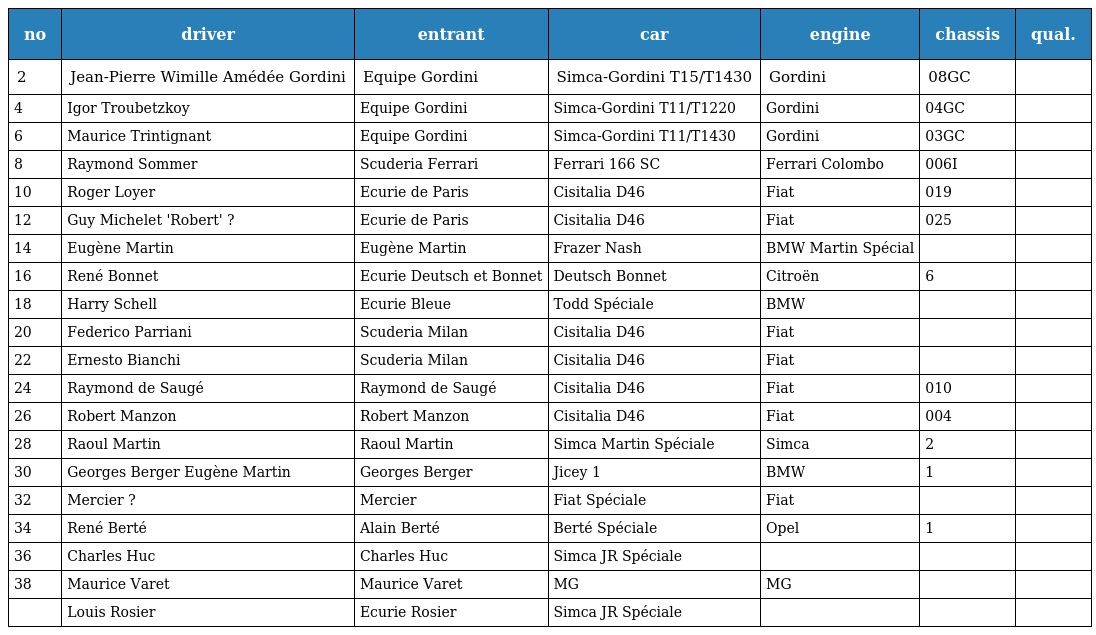
| no | driver | entrant | car | engine | chassis | qual. |
 | --- | --- | --- | --- | --- | --- | --- |
 | 2 | Jean-Pierre Wimille Amédée Gordini | Equipe Gordini | Simca-Gordini T15/T1430 | Gordini | 08GC |  |
 | 4 | Igor Troubetzkoy | Equipe Gordini | Simca-Gordini T11/T1220 | Gordini | 04GC |  |
 | 6 | Maurice Trintignant | Equipe Gordini | Simca-Gordini T11/T1430 | Gordini | 03GC |  |
 | 8 | Raymond Sommer | Scuderia Ferrari | Ferrari 166 SC | Ferrari Colombo | 006I |  |
 | 10 | Roger Loyer | Ecurie de Paris | Cisitalia D46 | Fiat | 019 |  |
 | 12 | Guy Michelet 'Robert' ? | Ecurie de Paris | Cisitalia D46 | Fiat | 025 |  |
 | 14 | Eugène Martin | Eugène Martin | Frazer Nash | BMW Martin Spécial |  |  |
 | 16 | René Bonnet | Ecurie Deutsch et Bonnet | Deutsch Bonnet | Citroën | 6 |  |
 | 18 | Harry Schell | Ecurie Bleue | Todd Spéciale | BMW |  |  |
 | 20 | Federico Parriani | Scuderia Milan | Cisitalia D46 | Fiat |  |  |
 | 22 | Ernesto Bianchi | Scuderia Milan | Cisitalia D46 | Fiat |  |  |
 | 24 | Raymond de Saugé | Raymond de Saugé | Cisitalia D46 | Fiat | 010 |  |
 | 26 | Robert Manzon | Robert Manzon | Cisitalia D46 | Fiat | 004 |  |
 | 28 | Raoul Martin | Raoul Martin | Simca Martin Spéciale | Simca | 2 |  |
 | 30 | Georges Berger Eugène Martin | Georges Berger | Jicey 1 | BMW | 1 |  |
 | 32 | Mercier ? | Mercier | Fiat Spéciale | Fiat |  |  |
 | 34 | René Berté | Alain Berté | Berté Spéciale | Opel | 1 |  |
 | 36 | Charles Huc | Charles Huc | Simca JR Spéciale |  |  |  |
 | 38 | Maurice Varet | Maurice Varet | MG | MG |  |  |
 |  | Louis Rosier | Ecurie Rosier | Simca JR Spéciale |  |  |  |